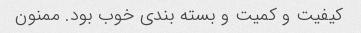
کیفیت و کمیت و بسته بندی خوب بود. ممنون